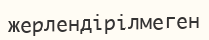
жерлендірілмеген